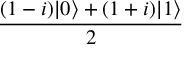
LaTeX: \frac { ( 1 - i ) | 0 \rangle + ( 1 + i ) | 1 \rangle } { 2 }